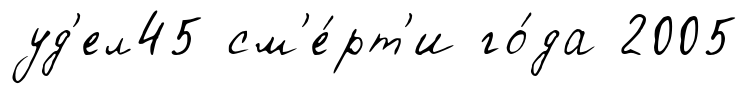
уд'ел45 см'е́рт'и го́да 2005